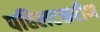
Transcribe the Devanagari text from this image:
पहिलटकरीण